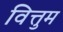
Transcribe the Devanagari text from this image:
वित्तुम